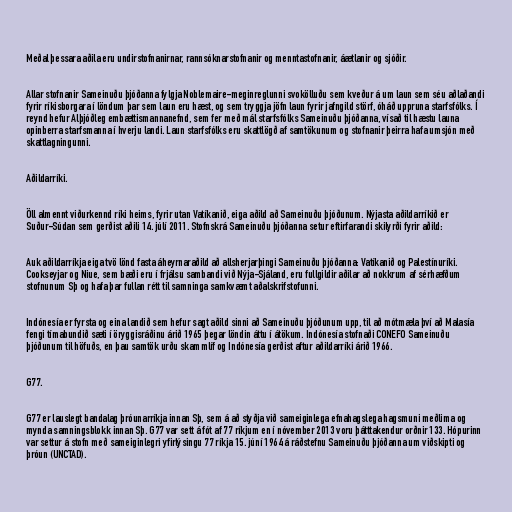
Meðal þessara aðila eru undirstofnanirnar, rannsóknarstofnanir og menntastofnanir, áætlanir og sjóðir.

Allar stofnanir Sameinuðu þjóðanna fylgja Noblemaire-meginreglunni svokölluðu sem kveður á um laun sem séu aðlaðandi
fyrir ríkisborgara í löndum þar sem laun eru hæst, og sem tryggja jöfn laun fyrir jafngild störf, óháð uppruna starfsfólks. Í
reynd hefur Alþjóðleg embættismannanefnd, sem fer með mál starfsfólks Sameinuðu þjóðanna, vísað til hæstu launa
opinberra starfsmanna í hverju landi. Laun starfsfólks eru skattlögð af samtökunum og stofnanir þeirra hafa umsjón með
skattlagningunni.

Aðildarríki.

Öll almennt viðurkennd ríki heims, fyrir utan Vatíkanið, eiga aðild að Sameinuðu þjóðunum. Nýjasta aðildarríkið er
Suður-Súdan sem gerðist aðili 14. júlí 2011. Stofnskrá Sameinuðu þjóðanna setur eftirfarandi skilyrði fyrir aðild:

Auk aðildarríkja eiga tvö lönd fasta áheyrnaraðild að allsherjarþingi Sameinuðu þjóðanna: Vatíkanið og Palestínuríki.
Cookseyjar og Niue, sem bæði eru í frjálsu sambandi við Nýja-Sjáland, eru fullgildir aðilar að nokkrum af sérhæfðum
stofnunum Sþ og hafa þar fullan rétt til samninga samkvæmt aðalskrifstofunni.

Indónesía er fyrsta og eina landið sem hefur sagt aðild sinni að Sameinuðu þjóðunum upp, til að mótmæla því að Malasía
fengi tímabundið sæti í öryggisráðinu árið 1965 þegar löndin áttu í átökum. Indónesía stofnaði CONEFO Sameinuðu
þjóðunum til höfuðs, en þau samtök urðu skammlíf og Indónesía gerðist aftur aðildarríki árið 1966.

G77.

G77 er lauslegt bandalag þróunarríkja innan Sþ, sem á að styðja við sameiginlega efnahagslega hagsmuni meðlima og
mynda samningsblokk innan Sþ. G77 var sett á fót af 77 ríkjum en í nóvember 2013 voru þátttakendur orðnir 133. Hópurinn
var settur á stofn með sameiginlegri yfirlýsingu 77 ríkja 15. júní 1964 á ráðstefnu Sameinuðu þjóðanna um viðskipti og
þróun (UNCTAD).